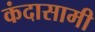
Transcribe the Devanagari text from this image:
कंदासामी